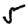
Digit: 5